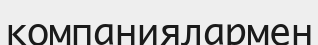
компаниялармен